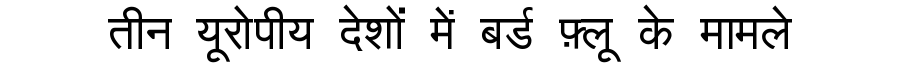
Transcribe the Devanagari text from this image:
तीन यूरोपीय देशों में बर्ड फ़्लू के मामले